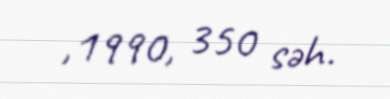
,1990, 350 səh.